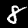
Label: 8